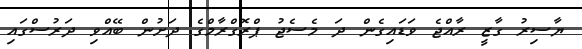
ޔާސިރު ގާޒީ ރާއްޖެ ވަޑައިގެން ދަ މެސެޖު ޕްރޮގްރާމްގެ ދަށުން ބޭއްވި ދަރުސްގައި